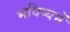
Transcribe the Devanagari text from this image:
भविष्‍यमें